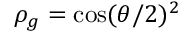
\rho _ { g } = \cos ( \theta / 2 ) ^ { 2 }